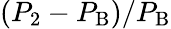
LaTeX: (P_{2}-P_{\mathrm{{B}}})/P_{\mathrm{{B}}}